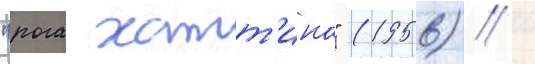
"рога хатт'ина" (1956) /